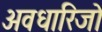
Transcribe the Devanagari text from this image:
अवधारिजो